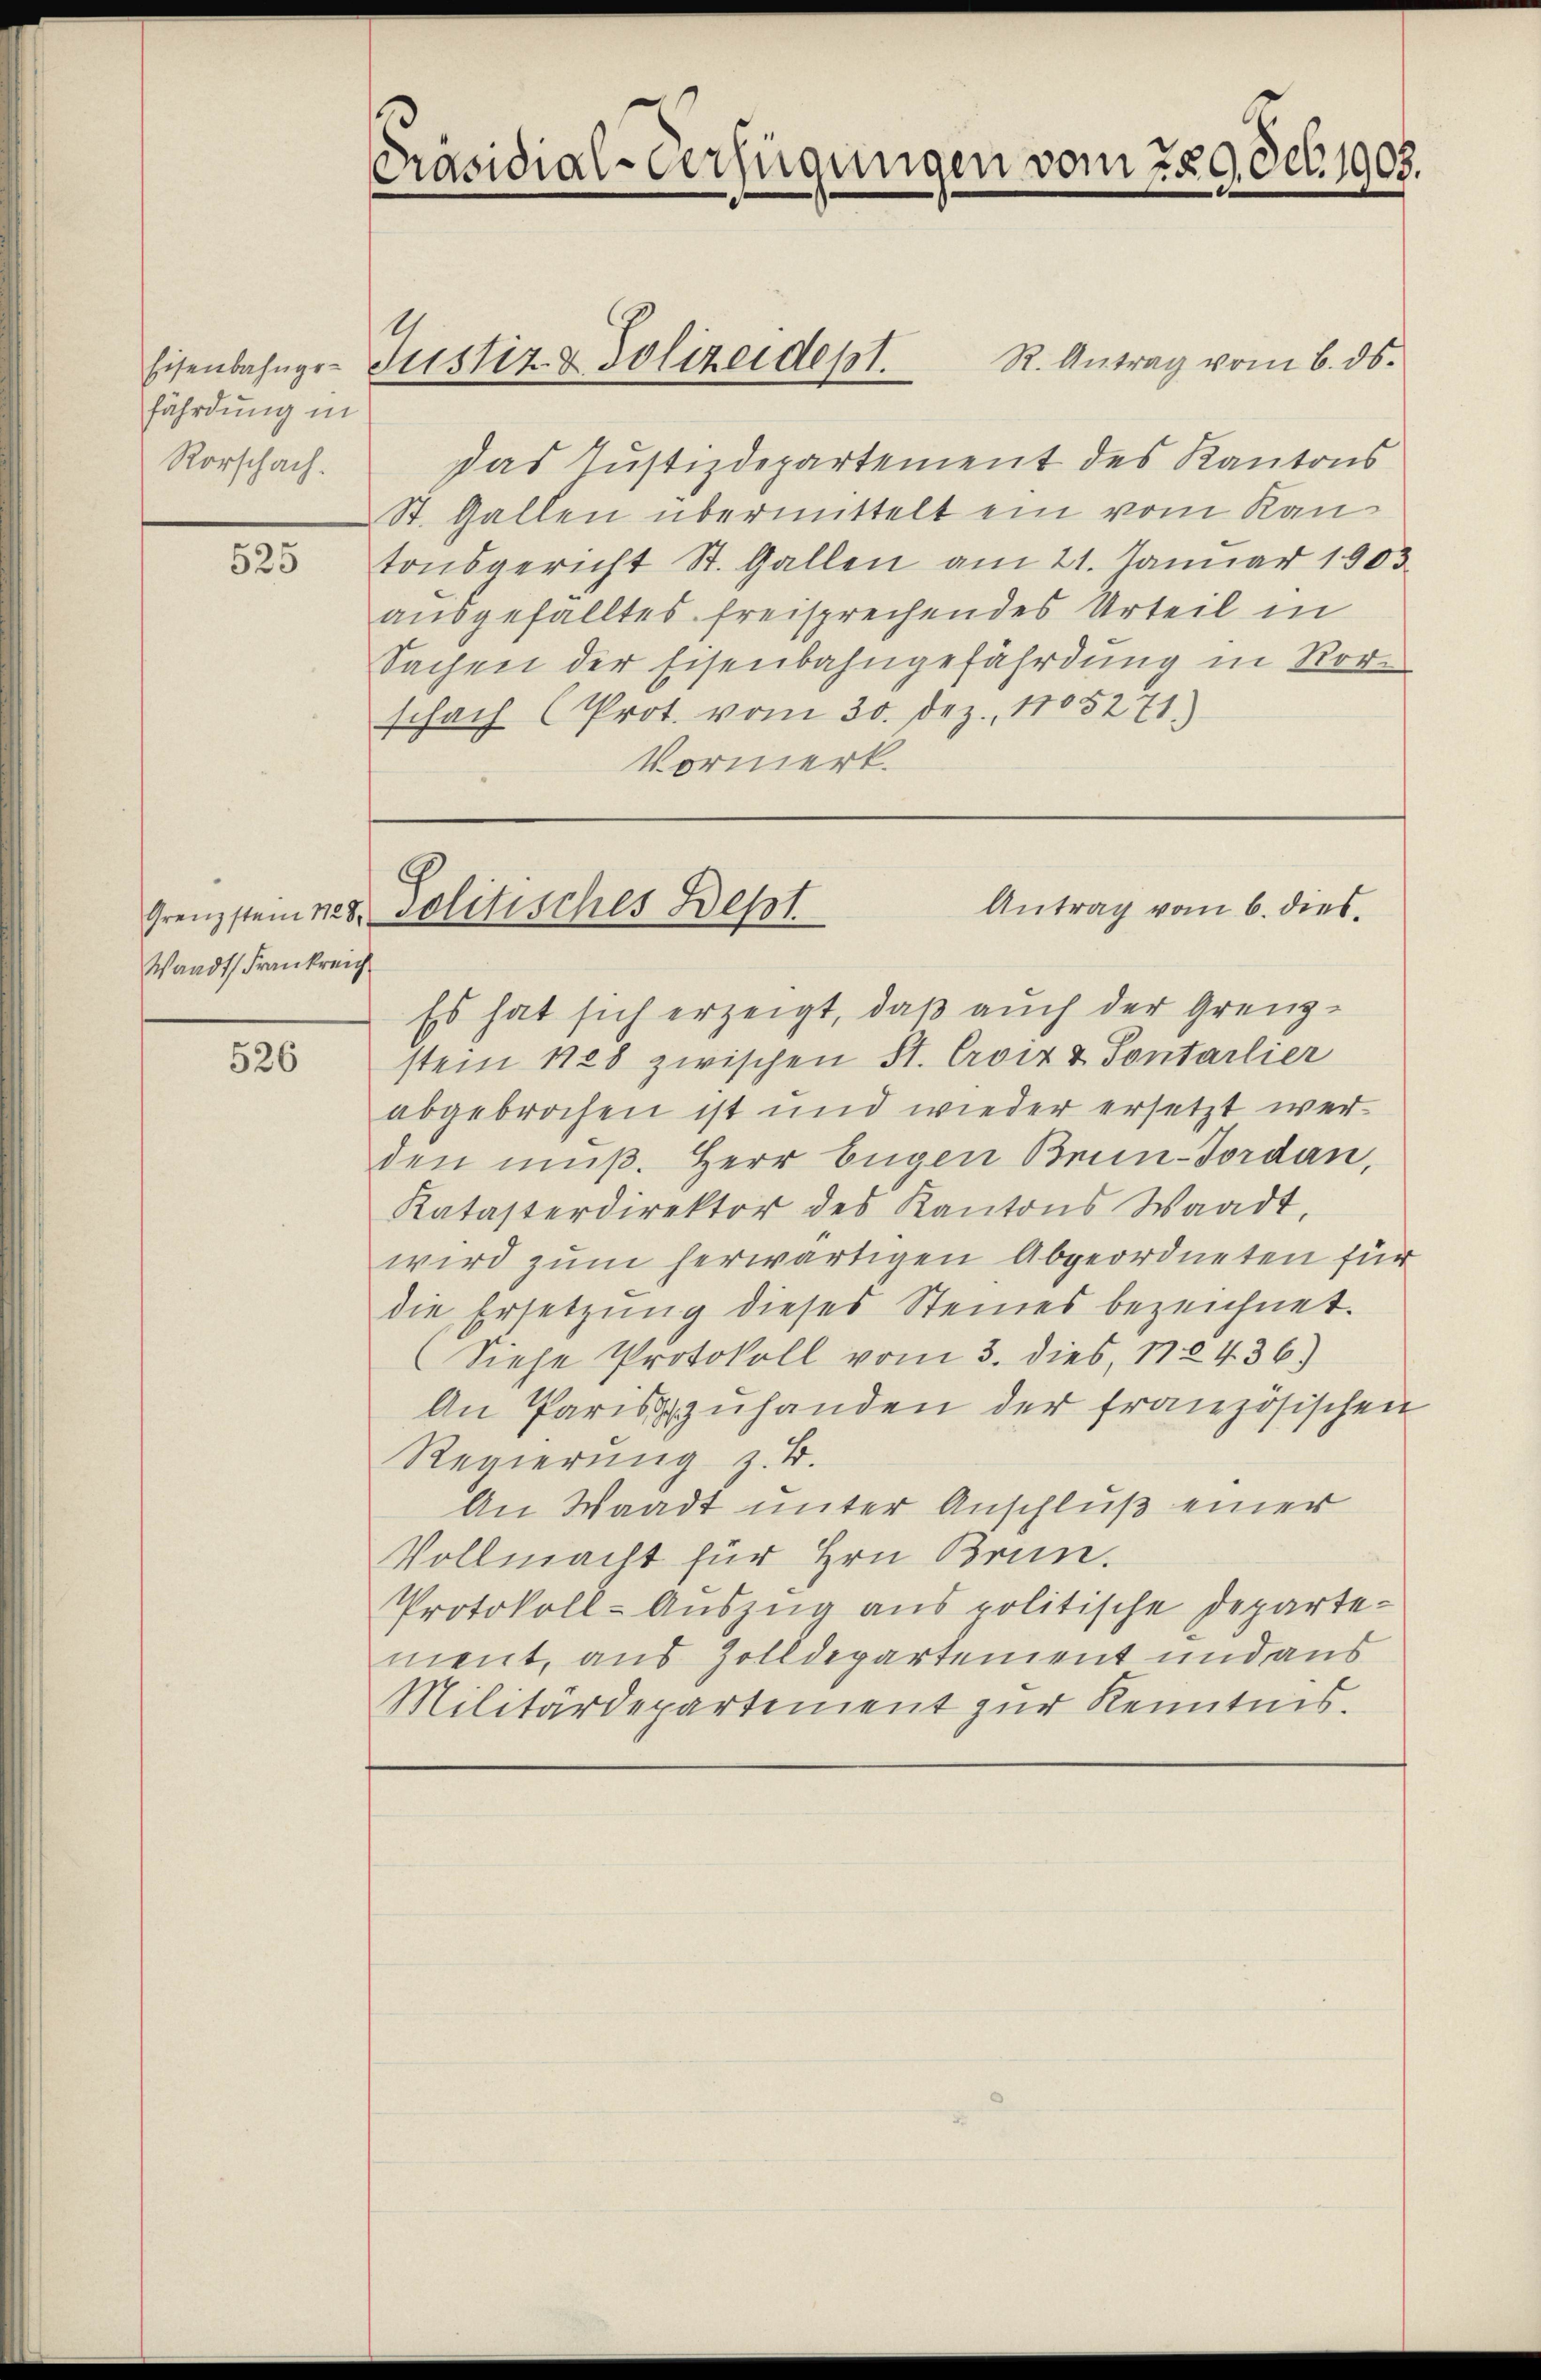
fährdung in
Rorschach.

525

Waadt, Frankreich

526

PPräsidial-Verfügungen vom 289.8.6.1905.

R. Antrag vom 6. ds.
Das Justizdepartement des Kantons
St. Gallen übermittelt ein vom Kantonsgericht St. Gallen am 21. Januar 1903.
ausgefälltes freisprechendes Urteil in
Sachen der Eisenbahngefährdung in Rorschach (Prot. vom 30. Dez. 1805271)
Vormerk.

Eisenbahnge- Justiz- & Polizeidept.

e
Antrag vom 6. dies
Grenzstein 128, Solitisches Beson

Es hat sich erzeigt, daß auch der Grenzstein 1828 zwischen St. Croix & Sontarlier
abgebrochen ist und wieder ersetzt werden muß. Herr Eugen Brun-Tordan,
Katasterdirektor des Kantons Waadt,
wird zum herwärtigen Abgeordneten für
die Ersetzung dieses Steines bezeichnet.
Siehe Protokoll vom 3. dies, 172436)
An Pariszuhanden der französischen
Regierung z. B.
An Waadt unter Anschluß einer
Vollmacht für Hrn. Brun.
Protokoll-Auszug aus politische Departement, aus Zolldepartement und aus
Militärdepartement zur Kenntnis.